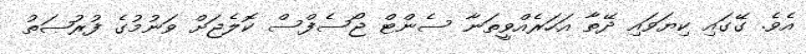
އެވެ. ގޭގައި ކިޔަވައި ދޭތާ އަހަރެއްވީތަނާ ސެންޓް ޖޯސެފްސް ކޮލެޖަށް ވަނުމުގެ ފުރުޞަތު